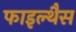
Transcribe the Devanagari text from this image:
फाइल्थैस